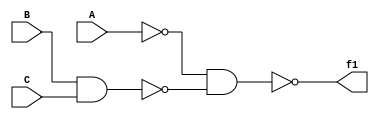
/*
===================================================================
Project Name    : 
File Name       : 1_1_1.v
Encoding        : UTF-8
Creation Date   : 2021/4/15
===================================================================
*/

module circuit(A, B, C, f1);

	input A, B, C;
	output f1;

	// wire tmp1, tmp2;
	// nand(tmp1, A, A);
	// nand(tmp2, B, C);
	// nand(f1, tmp1, tmp2);

	assign f1 = ~(~A & ~(B & C));

endmodule